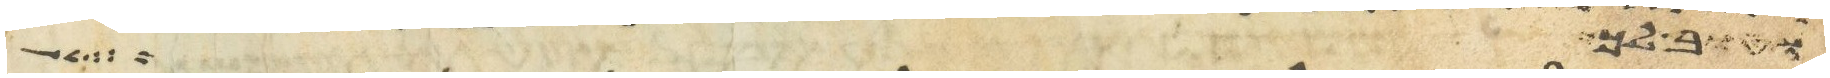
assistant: וטוב לך